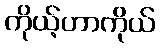
ကိုယ့်ဟာကိုယ်